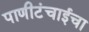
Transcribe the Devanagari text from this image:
पाणीटंचाईचा